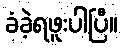
ခံခဲ့ရဖူးပါပြီ။